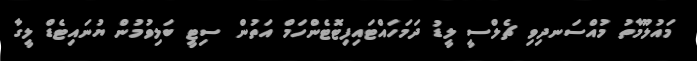
މައުލޫމާތު މުއްސަނދިވި ޗެލްސީ ލީޑު ދަމަހައްޓައިފިޓޮޓެންހަމް އަތުން ސިޓީ ބަލިވުމުން ޔުނައިޓެޑް ލީގާ